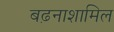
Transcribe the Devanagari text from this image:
बढ़नाशामिल